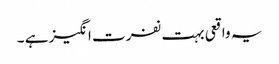
یہ واقعی بہت نفرت انگیز ہے ۔